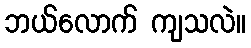
ဘယ်လောက် ကျသလဲ။